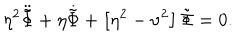
LaTeX: \eta ^ { 2 } \ddot { \tilde { \Phi } } + \eta \dot { \tilde { \Phi } } + \left[ \eta ^ { 2 } - \nu ^ { 2 } \right] \tilde { \Phi } = 0 .